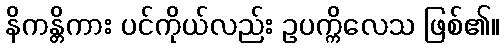
နိကန္တိကား ပင်ကိုယ်လည်း ဥပက္ကိလေသ ဖြစ်၏။